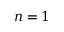
n = 1